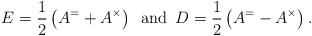
LaTeX: \begin{align*}E=\frac{1}{2}\left(A^=+A^{\times}\right)\, \, \, \mbox{and}\, \, \, D=\frac{1}{2}\left(A^=-A^{\times}\right).\end{align*}